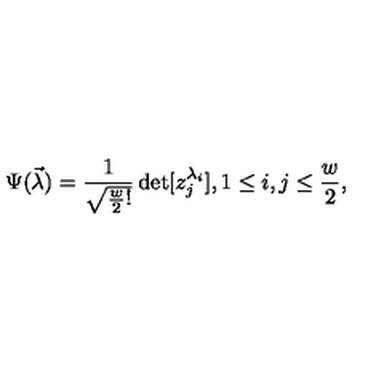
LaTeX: \Psi ( \vec { \lambda } ) = \frac { 1 } { \sqrt { \frac { w } { 2 } ! } } \det [ z _ { j } ^ { \lambda _ { i } } ] , 1 \leq i , j \leq \frac { w } { 2 } ,